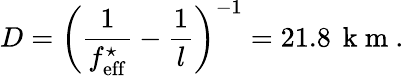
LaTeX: D=\left(\frac{1}{f_{\mathrm{eff}}^{\star}}-\frac{1}{l}\right)^{-1}=21.8\, \mathrm{~k~m~.~}